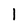
Character: 1